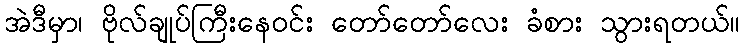
အဲဒီမှာ၊ ဗိုလ်ချုပ်ကြီးနေဝင်း တော်တော်လေး ခံစား သွားရတယ်။